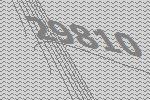
29810